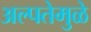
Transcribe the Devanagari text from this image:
अल्पतेमुळे